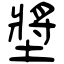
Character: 墏